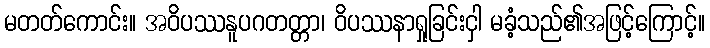
မတတ်ကောင်း။ အဝိပဿနူပဂတတ္တာ၊ ဝိပဿနာရှုခြင်းငှါ မခံ့သည်၏အဖြင့်ကြောင့်။